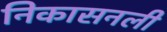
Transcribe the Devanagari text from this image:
निकासनली